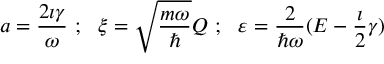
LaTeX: a = \frac { 2 \imath \gamma } { \omega } \ ; \ \ \xi = \sqrt { \frac { m \omega } { \hbar } } Q \ ; \ \ \varepsilon = \frac { 2 } { \hbar \omega } ( E - \frac { \imath } { 2 } \gamma )